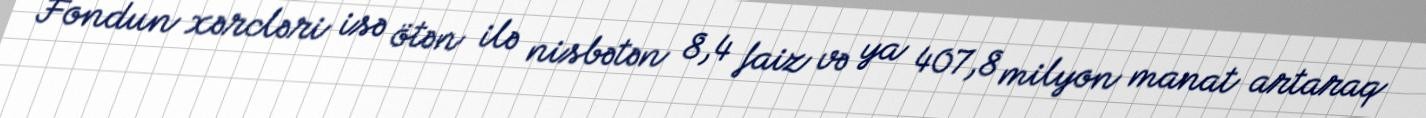
Fondun xərcləri isə ötən ilə nisbətən 8,4 faiz və ya 407,8 milyon manat artaraq